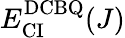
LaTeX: E_{\mathrm{CI}}^{\mathrm{DCBQ}}(J)